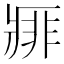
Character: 𰣱